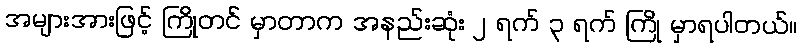
အများအားဖြင့် ကြိုတင် မှာတာက အနည်းဆုံး ၂ ရက် ၃ ရက် ကြို မှာရပါတယ်။